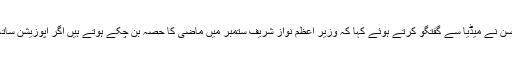
اعتزاز احسن نے میڈیا سے گفتگو کرتے ہوئے کہا کہ وزیر اعظم نواز شریف ستمبر میں ماضی کا حصہ بن چکے ہوتے ہیں اگر اپوزیشن ساتھ نہ دیتی۔